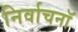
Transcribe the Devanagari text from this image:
निर्वाचनॉ